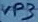
Text: VP3